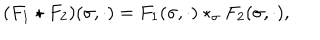
LaTeX: ( F _ { 1 } \star F _ { 2 } ) ( \sigma , \cdot ) = F _ { 1 } ( \sigma , \cdot ) \star _ { \sigma } F _ { 2 } ( \sigma , \cdot ) ,